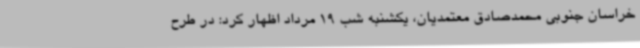
خراسان جنوبی محمدصادق معتمدیان، یکشنبه شب 19 مرداد اظهار کرد: در طرح